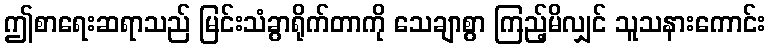
ဤစာရေးဆရာသည် မြင်းသံခွာရိုက်တာကို သေချာစွာ ကြည့်မိလျှင် သူသနားကောင်း